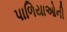
પાળિયાઓની